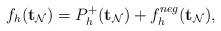
LaTeX: \begin{align*}f_{h}(\mathbf{t}_{\mathcal{N}}) = P^{+}_{h}(\mathbf{t}_{\mathcal{N}}) + f^{neg}_{h}(\mathbf{t}_{\mathcal{N}}),\end{align*}